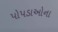
પોપડાઓના